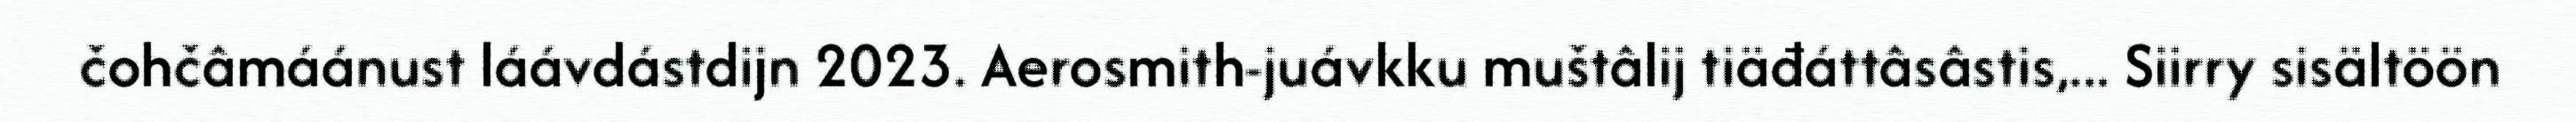
čohčâmáánust láávdástdijn 2023. Aerosmith-juávkku muštâlij tiäđáttâsâstis,... Siirry sisältöön